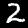
Digit: 2